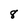
Character: 8